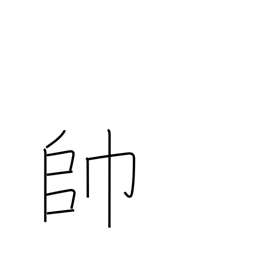
Meaning: leading troops